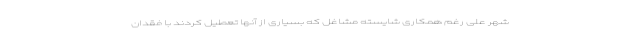
شهر علی رغم همکاری شایسته مشاغل که بسیاری از آنها تعطیل کردند با فقدان